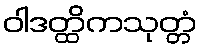
ဝါဒတ္ထိကသုတ္တံ